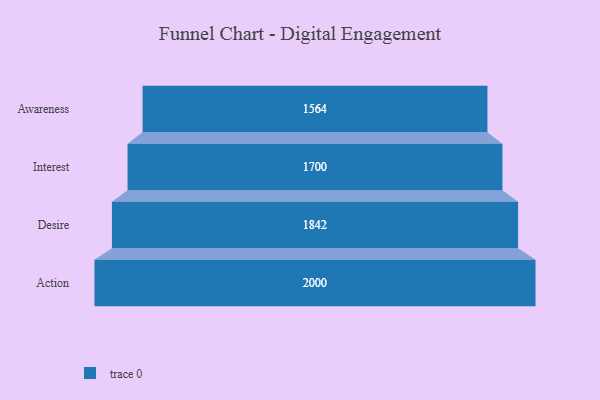
{"axis": {"x": "Stage", "y": "Value"}, "legend": [""], "data": [{"x": "Awareness", "y": 1564.0, "type": ""}, {"x": "Interest", "y": 1700.0, "type": ""}, {"x": "Desire", "y": 1842.0, "type": ""}, {"x": "Action", "y": 2000, "type": ""}]}